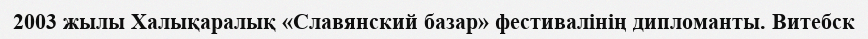
2003 жылы Халықаралық «Славянский базар» фестивалінің дипломанты. Витебск